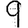
Digit: 9